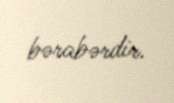
bərabərdir.